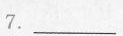
7.___